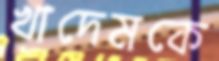
খাদেমকে